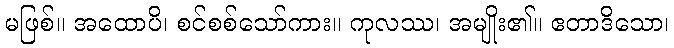
မဖြစ်။ အထောပိ၊ စင်စစ်သော်ကား။ ကုလဿ၊ အမျိုး၏။ ဧတာဒိသော၊